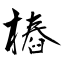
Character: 樁